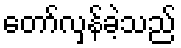
တော်လှန်ခဲ့သည်